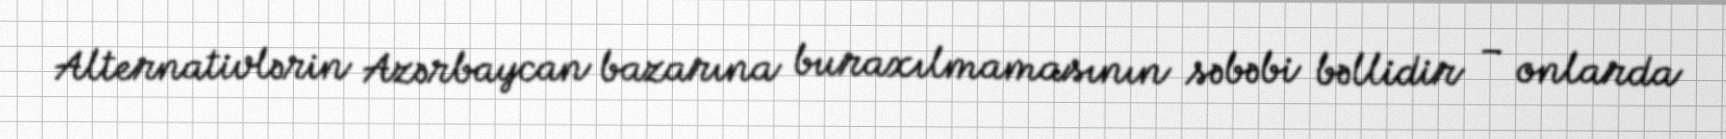
Alternativlərin Azərbaycan bazarına buraxılmamasının səbəbi bəllidir – onlarda